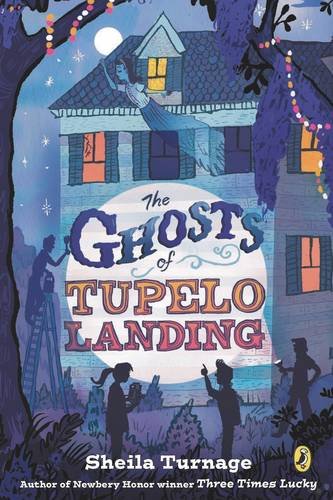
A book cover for The Ghosts of Tupelo Landing (Mo & Dale Mystery); Sheila Turnage; Children's Books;